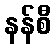
နန်စီ